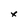
Character: x